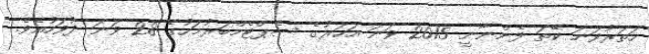
ހަތަރުވަނަ ކޭތަ ފެންނާނީ 2015 ވަނަ އަހަރުގެ ސެޕްޓެމްބަރުމަހުގެ 28 ވަނަ ދުވަހުއެވެ.